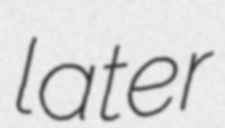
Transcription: later